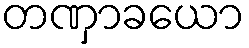
တဏှာခယော